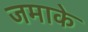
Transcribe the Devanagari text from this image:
जमाके